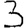
Digit: 3